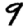
Digit: 9